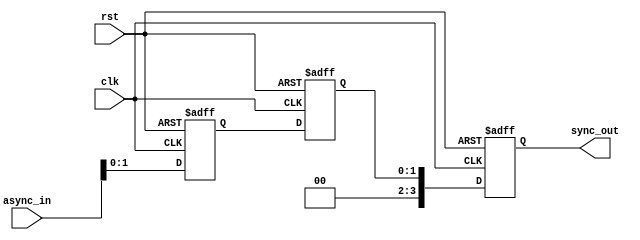
module pipeline #(
    parameter SYNC_STAGES = 2,
    parameter DATA_WIDTH = 4
)(

    input clk,
    input rst,
    input [DATA_WIDTH-1:0] async_in,        // asynchronous input
    output reg [DATA_WIDTH-1:0] sync_out    // synchronous output
);

    reg [SYNC_STAGES-1:0] pipe[DATA_WIDTH-1:0];

    integer i;

    always @(posedge clk or posedge rst) begin

        if (rst) begin
            sync_out <= 1'b0;
            for (i=0; i<SYNC_STAGES; i=i+1)     // empty pipeline
                pipe[i] <= {DATA_WIDTH{1'b0}}; 
        end
        else begin
            pipe[SYNC_STAGES-1] <= async_in;    // shift asynchronous data into beginning of pipeline
            for (i=SYNC_STAGES-1; i>0; i=i-1)   // shift data down pipeline
                pipe[i-1] <= pipe[i];
            sync_out <= pipe[0];                // pipe out synchronized data
        end
    end

endmodule